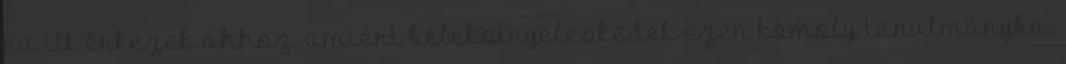
na itt érkezek ahhoz, amiért belekotnyeleskedek ezen komoly tanulmányba.